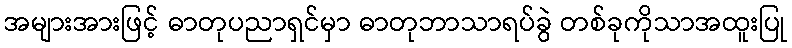
အများအားဖြင့် ဓာတုပညာရှင်မှာ ဓာတုဘာသာရပ်ခွဲ တစ်ခုကိုသာအထူးပြု